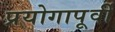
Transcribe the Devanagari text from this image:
प्रयोगापूर्वी